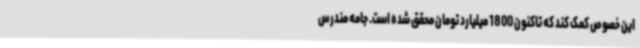
این خصوص کمک کند که تاکنون 1800 میلیارد تومان محقق شده است. جامه مندرس